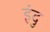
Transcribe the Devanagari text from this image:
इंदु